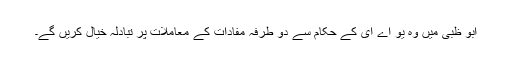
ابو ظبی میں وہ یو اے ای کے حکام سے دو طرفہ مفادات کے معاملات پر تبادلہ خیال کریں گے۔